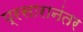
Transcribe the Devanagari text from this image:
प्रसारानंतर